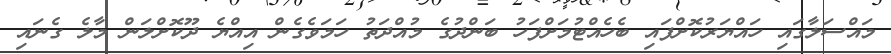
މައްސަލާގައި ހައްޔަރުކޮށްފައި ބެހެއްޓުމަށްފަހު ބަންދުގެ މުއްދަތު ހަމަވެގެން އިއްޔެ ދޫކޮށްލަން މާލެ ގެނައި